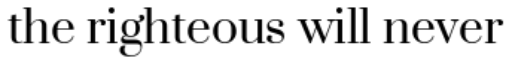
the righteous will never